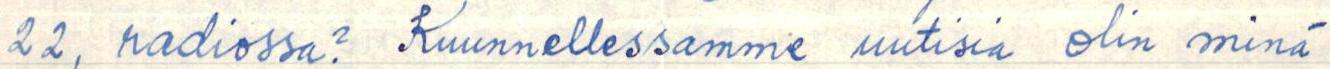
22, radiossa? Kuunnellessamme uutisia olin minä